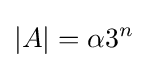
|A|=\alpha 3^{n}